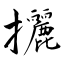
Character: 攦